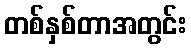
တစ်နှစ်တာအတွင်း